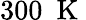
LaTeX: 300~\mathrm{~K~}